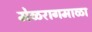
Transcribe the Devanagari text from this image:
मेळरागमाळा